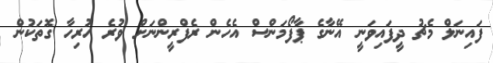
ފައިނަލް މެޗު ދީފައިވަނީ އޭނާގެ ޕާފޯމަންސް އެހެން ރެފްރީންނަށް ވުރެ ހުރިހާ ގޮތަކުން